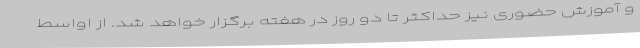
و آموزش حضوری نیز حداکثر تا دو روز در هفته برگزار خواهد شد. از اواسط